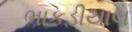
ભાકડીયાલ